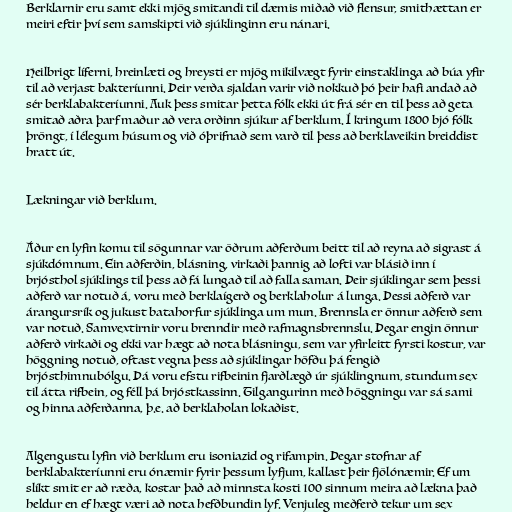
Berklarnir eru samt ekki mjög smitandi til dæmis miðað við flensur, smithættan er
meiri eftir því sem samskipti við sjúklinginn eru nánari.

Heilbrigt líferni, hreinlæti og hreysti er mjög mikilvægt fyrir einstaklinga að búa yfir
til að verjast bakteríunni. Þeir verða sjaldan varir við nokkuð þó þeir hafi andað að
sér berklabakteríunni. Auk þess smitar þetta fólk ekki út frá sér en til þess að geta
smitað aðra þarf maður að vera orðinn sjúkur af berklum. Í kringum 1800 bjó fólk
þröngt, í lélegum húsum og við óþrifnað sem varð til þess að berklaveikin breiddist
hratt út.

Lækningar við berklum.

Áður en lyfin komu til sögunnar var öðrum aðferðum beitt til að reyna að sigrast á
sjúkdómnum. Ein aðferðin, blásning, virkaði þannig að lofti var blásið inn í
brjósthol sjúklings til þess að fá lungað til að falla saman. Þeir sjúklingar sem þessi
aðferð var notuð á, voru með berklaígerð og berklaholur á lunga. Þessi aðferð var
árangursrík og jukust batahorfur sjúklinga um mun. Brennsla er önnur aðferð sem
var notuð. Samvextirnir voru brenndir með rafmagnsbrennslu. Þegar engin önnur
aðferð virkaði og ekki var hægt að nota blásningu, sem var yfirleitt fyrsti kostur, var
höggning notuð, oftast vegna þess að sjúklingar höfðu þá fengið
brjósthimnubólgu. Þá voru efstu rifbeinin fjarðlægð úr sjúklingnum, stundum sex
til átta rifbein, og féll þá brjóstkassinn. Tilgangurinn með höggningu var sá sami
og hinna aðferðanna, þ.e. að berklaholan lokaðist.

Algengustu lyfin við berklum eru isoniazid og rifampin. Þegar stofnar af
berklabakteríunni eru ónæmir fyrir þessum lyfjum, kallast þeir fjölónæmir. Ef um
slíkt smit er að ræða, kostar það að minnsta kosti 100 sinnum meira að lækna það
heldur en ef hægt væri að nota hefðbundin lyf. Venjuleg meðferð tekur um sex